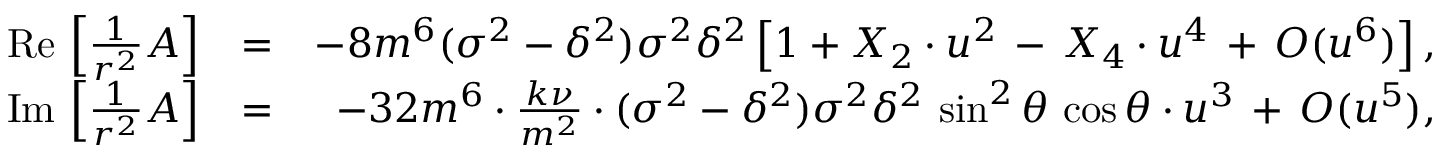
\begin{array} { r l r } { \mathrm { R e } \, \left[ \frac { 1 } { r ^ { 2 } } A \right] } & { = } & { - 8 m ^ { 6 } ( \sigma ^ { 2 } - \delta ^ { 2 } ) \sigma ^ { 2 } \delta ^ { 2 } \left[ 1 + X _ { 2 } \cdot u ^ { 2 } \, - \, X _ { 4 } \cdot u ^ { 4 } \, + \, { \cal O } ( u ^ { 6 } ) \right] , } \\ { \mathrm { I m } \, \left[ \frac { 1 } { r ^ { 2 } } A \right] } & { = } & { - 3 2 m ^ { 6 } \cdot \frac { k \nu } { m ^ { 2 } } \cdot ( \sigma ^ { 2 } - \delta ^ { 2 } ) \sigma ^ { 2 } \delta ^ { 2 } \, \sin ^ { 2 } \theta \, \cos \theta \cdot u ^ { 3 } \, + \, { \cal O } ( u ^ { 5 } ) , } \end{array}